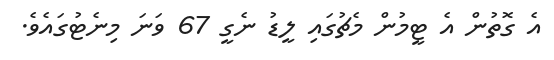
އެ ގޮތުން އެ ޓީމުން މެޗުގައި ލީޑު ނެގީ 67 ވަނަ މިނެޓުގައެވެ.